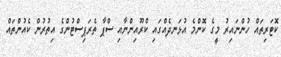
ކޮޓަރިތައް ހުންނައިރު މީގެ ކޮންމެ އުޅަނދެއްގައި ކްރޫއިންނާއި ސްޕާ ތެރަޕިސްޓުންގެ އިތުރުން ކެއުންތައް